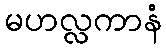
မဟလ္လကာနံ